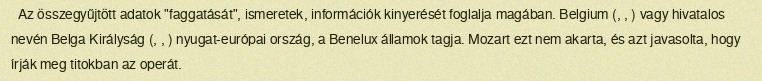
Az összegyűjtött adatok "faggatását", ismeretek, információk kinyerését foglalja magában. Belgium (, , ) vagy hivatalos nevén Belga Királyság (, , ) nyugat-európai ország, a Benelux államok tagja. Mozart ezt nem akarta, és azt javasolta, hogy írják meg titokban az operát.